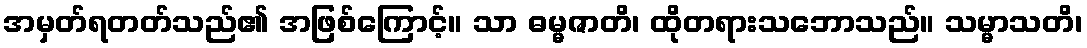
အမှတ်ရတတ်သည်၏ အဖြစ်ကြောင့်။ သာ ဓမ္မဇာတိ၊ ထိုတရားသဘောသည်။ သမ္မာသတိ၊